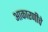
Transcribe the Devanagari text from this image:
आकारणीचे